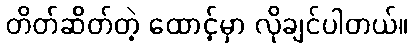
တိတ်ဆိတ်တဲ့ ထောင့်မှာ လိုချင်ပါတယ်။